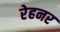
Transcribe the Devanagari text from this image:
रेहनर